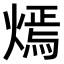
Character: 𤎄